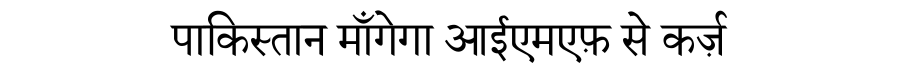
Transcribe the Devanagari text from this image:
पाकिस्तान माँगेगा आईएमएफ़ से कर्ज़